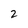
Character: 2